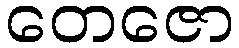
တေဇော